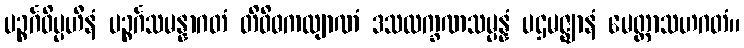
ပဉ္စင်္ဂဝိပ္ပဟီနံ ပဉ္စင်္ဂသမန္နာဂတံ တိဝိဓကလျာဏံ ဒသလက္ခဏသမ္ပန္နံ ပဌမဇ္ဈာနံ မေတ္တာသဟဂတံ။